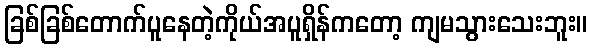
ခြစ်ခြစ်တောက်ပူနေတဲ့ကိုယ်အပူရှိန်ကတော့ ကျမသွားသေးဘူး။